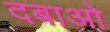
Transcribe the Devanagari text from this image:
दबाओ